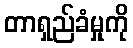
တာရှည်ခံမှုကို